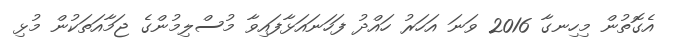
އެގޮތުން މިހިނގާ 2016 ވަނަ އަހަރު ހައްދު ފަހަނައަޅާފައިވާ މުސްލިމުންގެ ޖަމާއަތަކުން މުޅި